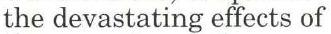
the devastating effects of